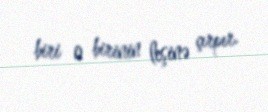
biri o birinin leşinə çırpır.